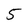
Character: 5